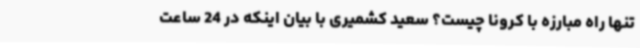
تنها راه مبارزه با کرونا چیست؟ سعید کشمیری با بیان اینکه در 24 ساعت